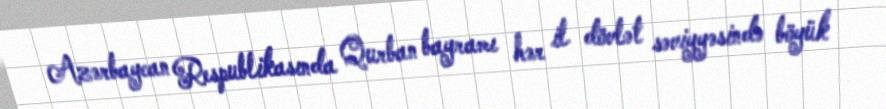
Azərbaycan Respublikasında Qurban bayramı hər il dövlət səviyyəsində böyük